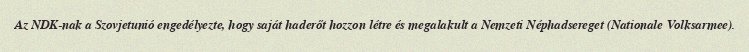
Az NDK-nak a Szovjetunió engedélyezte, hogy saját haderőt hozzon létre és megalakult a Nemzeti Néphadsereget (Nationale Volksarmee).